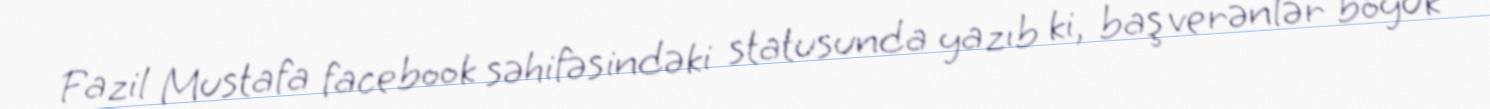
Fazil Mustafa facebook səhifəsindəki statusunda yazıb ki, baş verənlər böyük